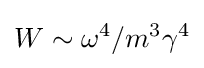
W\sim \omega ^{4}/m^{3}\gamma ^{4}